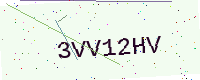
Text: 3VV12HV